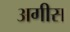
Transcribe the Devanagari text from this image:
अगीस